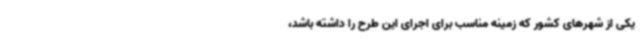
یکی از شهرهای کشور که زمینه مناسب برای اجرای این طرح را داشته باشد،